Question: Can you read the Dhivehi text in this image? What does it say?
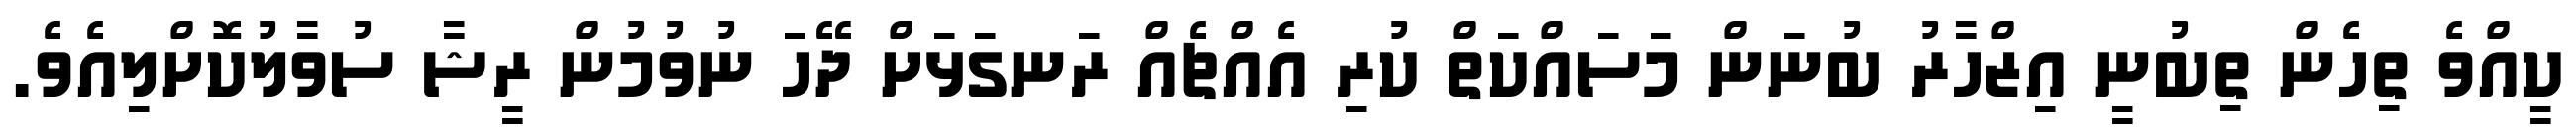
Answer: ކީއްވެ ތިހެން ތިބުނީ އިޒްހާރު ބުނަން މަސައްކަތް ކުރި އެއްޗެއް ރަނގަޅަށް ދޭހަ ނުވުމުން ރީޝާ ސުވާލުކޮށްލިއެވެ.